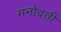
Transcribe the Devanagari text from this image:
मनोवती